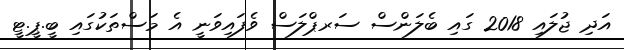
އަދި ޖުލައި 2018 ގައި ބެލަންސް ސަރޕްލަސް ވެފައިވަނީ އެ މަސްތަކުގައި ބީ.ޕީ.ޓީ